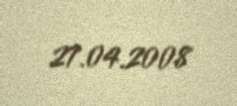
27.04.2008